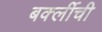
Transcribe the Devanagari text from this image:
बर्क्लीची